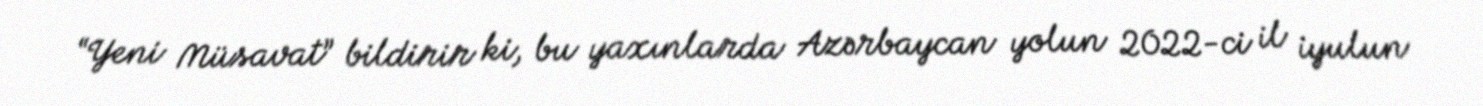
“Yeni Müsavat” bildirir ki, bu yaxınlarda Azərbaycan yolun 2022-ci il iyulun